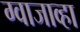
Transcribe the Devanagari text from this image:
ग्वाजाव्हा